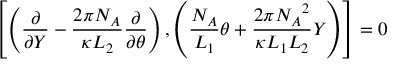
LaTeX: \left[ \left( \frac { \partial } { \partial Y } - \frac { 2 \pi N _ { A } } { \kappa L _ { 2 } } \frac { \partial } { \partial \theta } \right) , \left( \frac { N _ { A } } { L _ { 1 } } \theta + \frac { 2 \pi { N _ { A } } ^ { 2 } } { \kappa L _ { 1 } L _ { 2 } } Y \right) \right] = 0